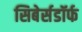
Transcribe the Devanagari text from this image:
सिबेर्सडॉर्फ